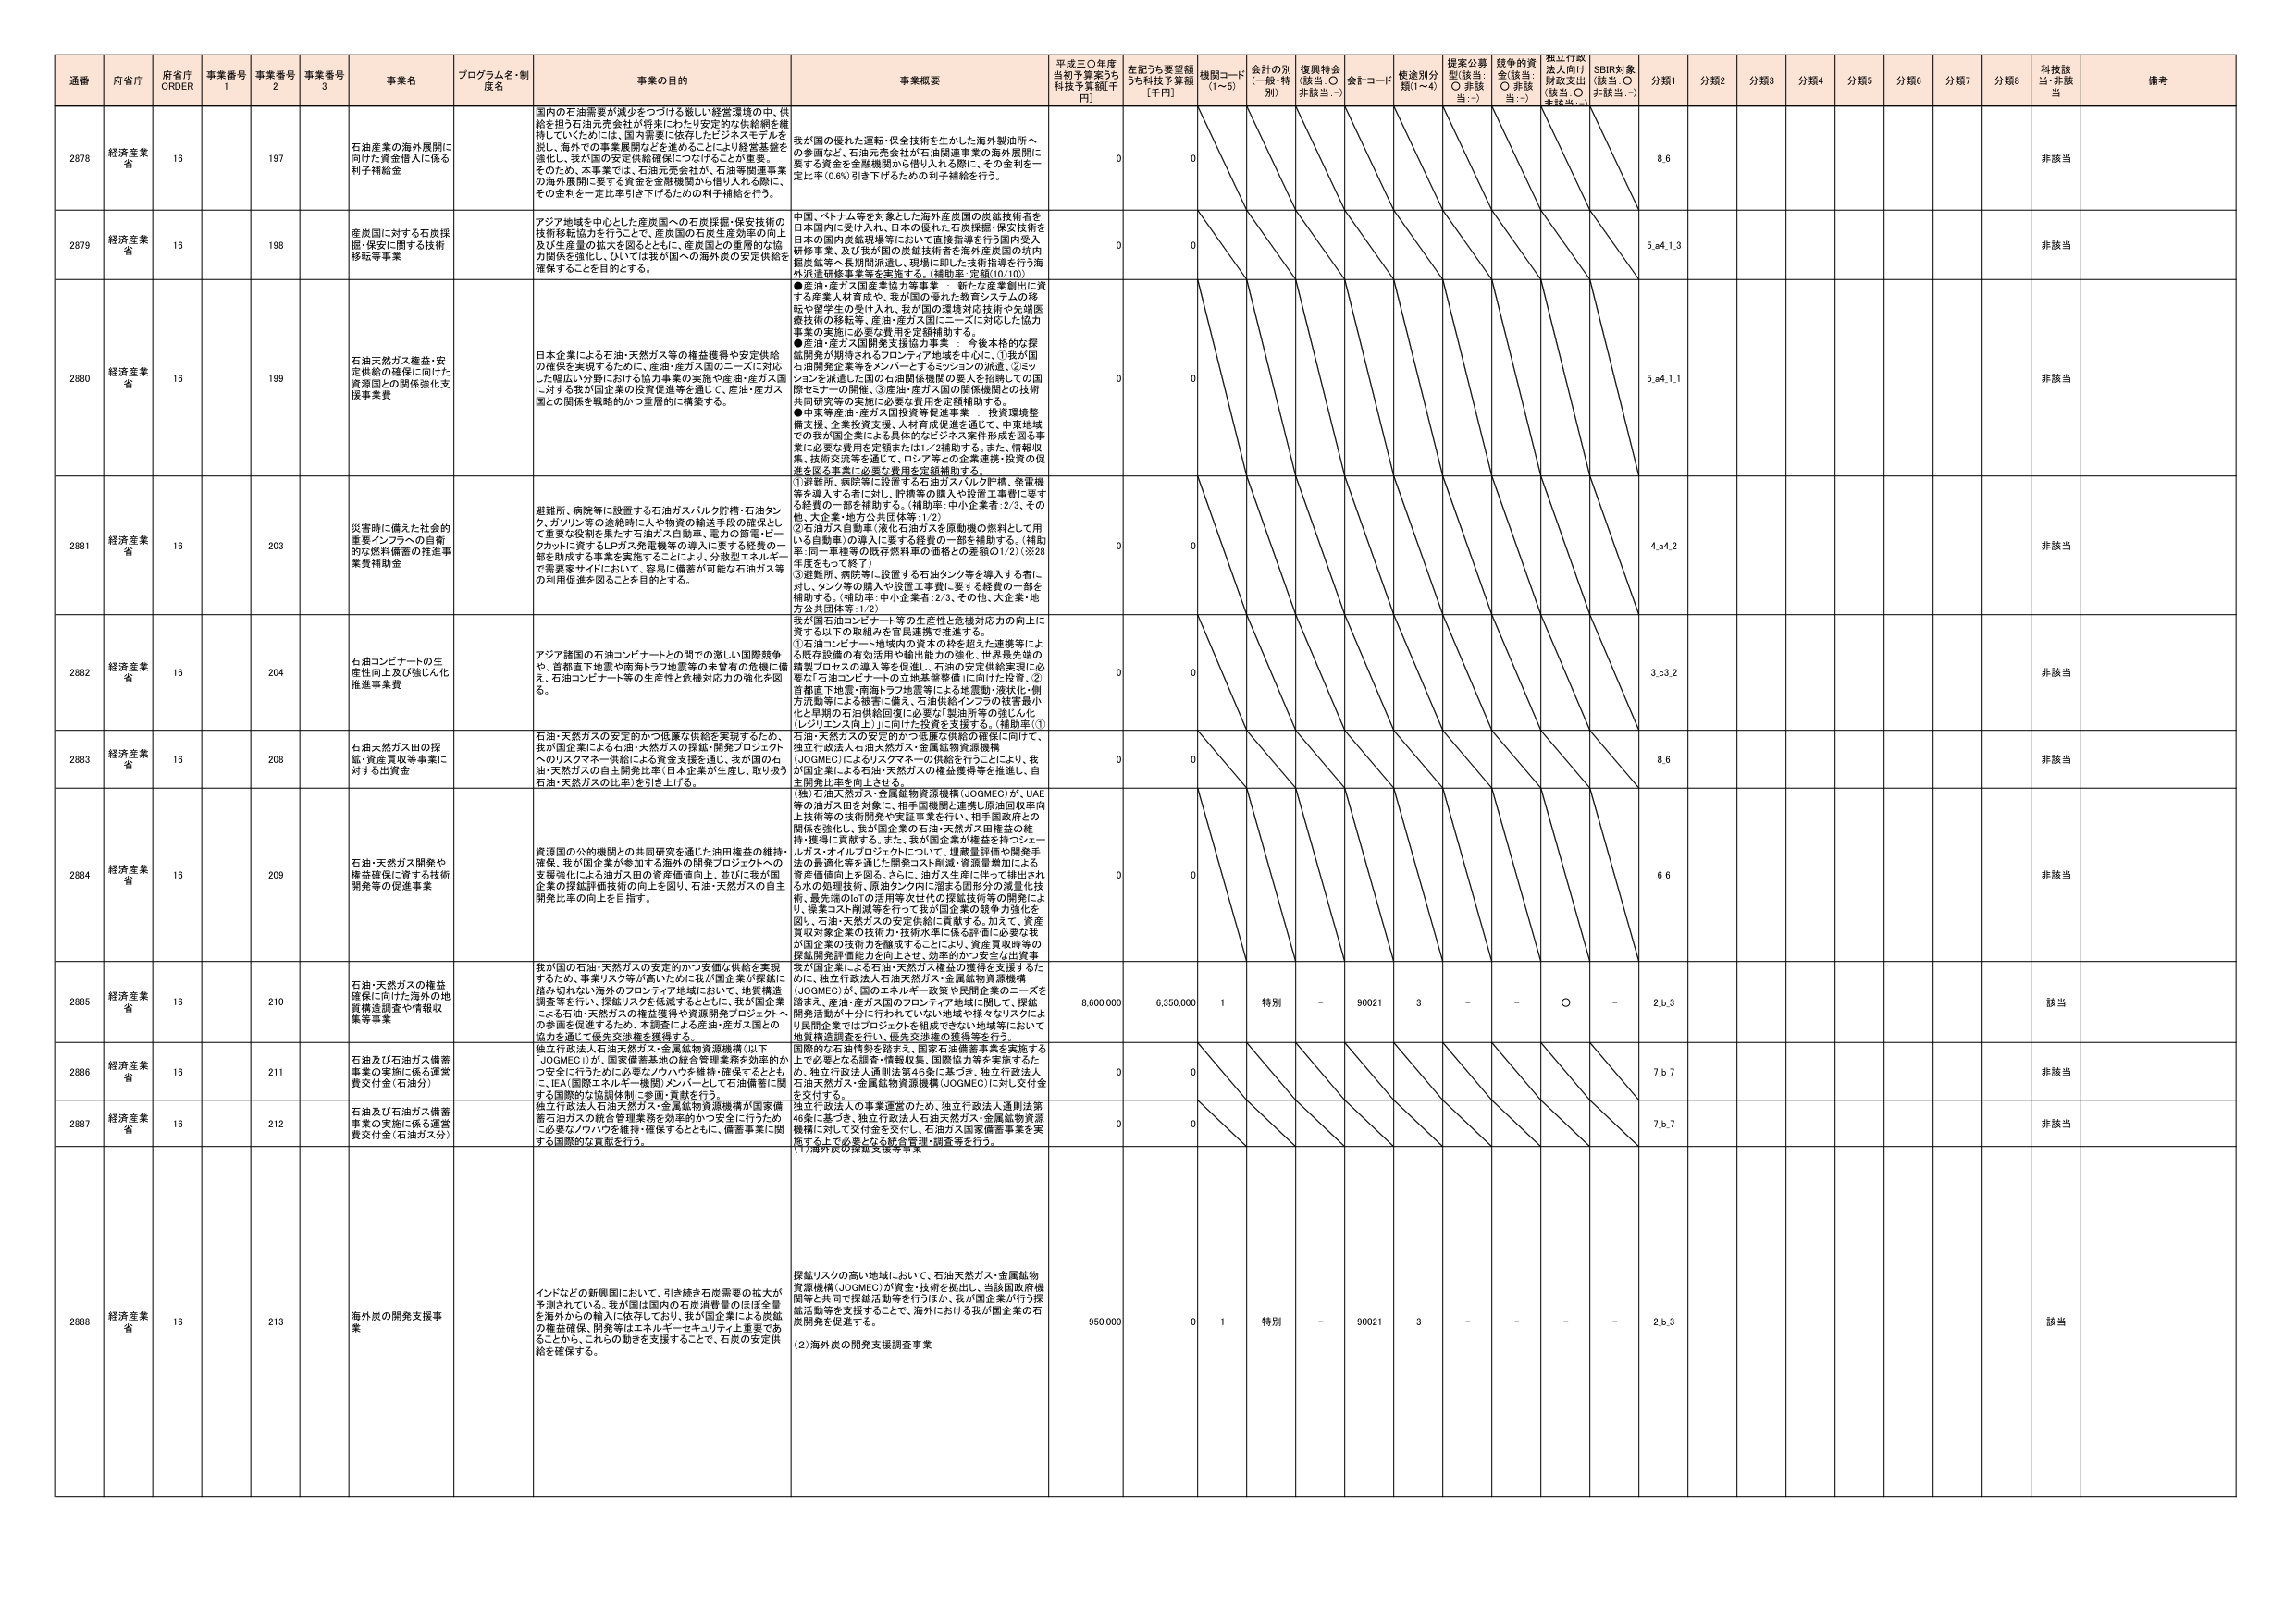
通番 府省庁 府省庁 ORDER 事業番号 1 事業番号 2 事業番号 3 事業名 プログラム名・制度名 事業の目的 事業概要 平成三〇年度当初予算案うち科技予算額[千円] 左記うち要望額うち科技予算額[千円] 機関コード(1~5) 会計の別(一般・特別) 復興特会(該当:○ 非該当:－) 会計コード 使途別分類(1~4) 提案公募型(該当:○ 非該当:－) 競争的資金(該当:○ 非該当:－) 独立行政法人向け財政支出(該当:○ 非該当:－) SDIR対象(該当:○ 非該当:－) 分類1 分類2 分類3 分類4 分類5 分類6 分類7 分類8 科技該当・非該当 備考

2878 経済産業省 16 197 石油産業の海外展開に向けた資金借入に係る利子補給金 国内の石油需要が減少をつつづける厳しい経営環境の中、供給を担う石油売会社が将来にわたり安定的な供給網を維持していくためには、国内需要に依存したビジネスモデルを脱し、海外での事業展開などを進めることが経営基盤を強化し、我が国の安定供給確保につなげることが重要。そのため、本事業では、石油元売会社が、石油等関連事業の海外展開に要する資金を金融機関から借り入れる際に、その金利を一定比率引き下げるための利子補給を行う。 我が国の優れた運転・保全技術を生かした海外製油所への参画など、石油元売会社が石油関連事業の海外展開に要する資金を金融機関から借り入れる際に、その金利を一定比率(0.6%)引き下げるための利子補給を行う。 0 0 8,6 非該当

2879 経済産業省 16 198 産原国に対する石炭採掘・保全に関する技術移転等事業 アジア地域を中心とした石炭国への石炭採掘・保安技術の技術移転協力を行うことで、産炭国の石炭生産効率の向上及び生産量の拡大を図るとともに、産炭国との重要な協力関係を強化し、ひいては我が国への海外炭の安定供給を確保することを目的とする。 中国、ベトナム等を対象とした海外産炭国の炭鉱技術者を日本国内に受け入れ、日本が優れた石炭採掘・保安技術を日本の国内炭鉱現場等において直接指導を行う国内受入研修事業、及び我が国の炭鉱技術者を海外産炭国の坑内開発鉱等へ長期間派遣し、現場に即した技術指導を行う海外派遣研修事業等を実施する。(補助率:定額(10/10)) 0 0 5,e4,1,3 非該当

2880 経済産業省 16 199 石油天然ガス確立・安定供給の確保に向けた資源国との関係強化支援事業費 日本企業による石油・天然ガス等の権益獲得や安定供給の確保を実現するために、産油・産ガス国の一国に対応した幅広い分野における協力事業の実施や産油・産ガス国に対する我が国企業の投資促進等を通じて、産油・産ガス国との関係を戦略的かつ重層的に構築する。 ●産油・産ガス国産業協力等事業：新たな産業創出に資する産業人材育成や、我が国の優れた教育システムの移転や留学生の受け入れ、我が国の環境対応技術や先端医療技術の移転等、産油・産ガス国にニーズに対応した協力事業の実施に必要な費用を定額補助する。 ●産油・産ガス国開発支援協力事業：今後本格的な採掘開発が期待されるプロジェクト地域を中心に、我が国石油開発企業等をメンバーとするコンソーシアムの派遣、コンソーシアムを派遣した国の石油開発機関の要人を招聘しての国際セミナーの開催、③産油・産ガス国の関係機関との技術共同研究等の実施に必要な費用を定額補助する。 ●中東等産油・産ガス国投資等促進事業：投資環境整備支援、企業投資支援、人材育成促進を通じて、中東地域での我が国企業による具体的なビジネス案件形成を図る事業に必要な費用を定額または1／2補助する。また、情報収集、技術交流等を通じて、ロシア等との企業連携・投資の促進を図る事業に必要な費用を定額補助する。 0 0 5,e4,1,1 非該当

2881 経済産業省 16 203 災害時に備えた社会的重要インフラへの自衛的な燃料備蓄の推進事業費補助金 避難所、病院等に設置する石油ガスバルク貯槽・石油タンク、ガソリン等の途絶時に人や物資の輸送手段の確保として重要な役割を果たす石油ガス自動車、電力の節電・ピークカットに資するLPGや発電機等の導入に要する経費の一部を助成する事業を実施することにより、分散型エネルギーで需要家サイドにおいて、容易に備蓄が可能な石油ガス等の利用促進を図ることを目的とする。 ①避難所、病院等に設置する石油ガスバルク貯槽、発電機等を導入する者に対し、貯槽等の購入や設置工事費に要する経費の一部を補助する。(補助率:中小企業者:2/3、その他、大企業・地方公共団体等:1/2) ②石油ガス自動車(液化石油ガスを原動機の燃料として用いる自動車)の導入に要する経費の一部を補助する。(補助率:同一車種等の既存燃料車の価格との差額の1/2)(※28年度をもって終了) ③避難所、病院等に設置する石油タンク等を導入する者に対し、タンク等の購入や設置工事費に要する経費の一部を補助する。(補助率:中小企業者:2/3、その他、大企業・地方公共団体等:1/2) 0 0 4,e4,2 非該当

2882 経済産業省 16 204 石油コンビナートの生産性向上及び強じん化推進事業費 アジア諸国の石油コンビナートとの間での激しい国際競争や、首都圏下地盤や南海トラフ地震等の未曾有の危機に備え、石油コンビナート等の生産性と危機対応力の強化を図る。 我が国石油コンビナート等の生産性と危機対応力の向上に資する以下の取組みを官民連携で推進する。 ①石油コンビナート地域内の資本の枠を超えた連携等による既存設備の有効活用や輸出能力の強化、世界最先端の精密プロセスの導入等を促進し、石油の安定供給実現に必要な石油コンビナートの立地基盤確保に向けた投資、②首都圏下地盤・南海トラフ地震等による地盤動・液状化・側方流動等による被害に備え、石油供給インフラの被害最小化と早期の石油供給回復に必要な「製油所等の強じん化(レジリエンス向上)」に向けた投資を支援する。(補助率:①(強じん化)、②(強じん化) 0 0 3,c3,2 非該当

2883 経済産業省 16 208 石油天然ガス田の探鉱・資産買収等事業に対する出資金 石油・天然ガスの安定的かつ低廉な供給を実現するため、我が国企業による石油・天然ガスの探鉱・開発プロジェクトへのリスクマネー供給による資金支援を通じ、我が国の石油・天然ガスの自主開発比率(日本企業が生産し、取り扱う石油・天然ガスの比率)を引き上げる。 石油・天然ガスの安定的かつ低廉な供給の確保に向け、独立行政法人石油天然ガス・金属鉱物資源機構(JOGMEC)によるリスクマネーの供給を行うことにより、我が国企業による石油・天然ガスの権益獲得等を推進し、自主開発比率を向上させる。 0 0 8,6 非該当

2884 経済産業省 16 209 石油・天然ガス開発や権益確保に資する技術開発等の促進事業 資源国の公的機関との共同研究を通じた油田権益の維持・確保、我が国企業が参加する海外の開発プロジェクトへの支援強化による油ガス田の資産価値向上、並びに我が国企業の採鉱評価技術の向上を図り、石油・天然ガスの自主開発比率の向上を目指す。 (独)石油天然ガス・金属鉱物資源機構(JOGMEC)が、UAE等の油ガス田を対象に、相手国機関と連携し原油回収率向上技術等の技術開発や実証事業を行い、相手国政府との関係を強化し、我が国企業の石油・天然ガス田権益の維持・獲得に貢献する。また、我が国企業が権益を持つシェールガス・オイルプロジェクトについて、埋蔵量評価や開発手法の最適化等を通じた開発コスト削減・資源量増加による資産価値向上を図る。さらに、油ガス生産に伴って排出される水の処理技術、原油タンク内に溜まる固形分の減量化技術、最先端のIOTの活用等次世代の採鉱技術等の開発により、操業コスト削減等を行って我が国企業の競争力強化を図り、石油・天然ガスの安定供給に貢献する。加えて、資産買収対象企業の技術力・技術水準に係る評価に必要な我が国企業の技術力を醸成することにより、資産買収時等の採鉱開発評価能力を向上させ、効率的かつ安全な出資事業を支援する。 0 0 6,6 非該当

2885 経済産業省 16 210 石油・天然ガスの権益確保に向けた海外の地質構造調査や情報収集等事業 我が国の石油・天然ガスの安定的かつ安価な供給を実現するため、事業リスク等が高いために我が国企業が探鉱に踏み切れない海外のプロジェクト地域において、地質構造調査等を行い、探鉱リスクを低減するとともに、我が国企業による石油・天然ガスの権益獲得や資源開発プロジェクトへの参画を促進するため、本調査による産油・産ガス国との協力を通じて優先交渉権を獲得する。 我が国企業による石油・天然ガス権益の獲得を支援するため、独立行政法人石油天然ガス・金属鉱物資源機構(JOGMEC)が、国のエネルギー政策や民間企業のニーズを踏まえ、産油・産ガス国のフロンティア地域に関して、探鉱・開発活動が十分に行われていない地域や様々なリスクにより民間企業ではプロジェクトを組成できない地域等において地質構造調査を行い、優先交渉権の獲得等を行う。 8,600,000 6,350,000 1 特別 - 90021 3 - - ○ - 2,b,3 該当

2886 経済産業省 16 211 石油及び石油ガス備蓄事業の実施に係る運営費交付金(石油分) 独立行政法人石油天然ガス・金属鉱物資源機構(以下「JOGMEC」)が、国産油蓄を他の統合管理業務を効率的かつ安全に行うために必要なノウハウを維持・確保するとともに、IEA(国際エネルギー機関)メンバーとして石油備蓄に関する国際的な協調体制に参画・貢献を行う。 国際的な石油情勢を踏まえ、国家石油備蓄事業を実施する上で必要な人員配置・情報収集、国際協力を実施するため、独立行政法人通則法第46条に基づき、独立行政法人石油天然ガス・金属鉱物資源機構(JOGMEC)に対して交付金を交付する。 0 0 7,b,7 非該当

2887 経済産業省 16 212 石油及び石油ガス備蓄事業の実施に係る運営費交付金(石油ガス分) 独立行政法人石油天然ガス・金属鉱物資源機構が国家備蓄石油ガスの統合管理業務を効率的かつ安全に行うために必要なノウハウを維持・確保するとともに、備蓄事業に関する国際的な貢献を行う。 独立行政法人の事業運営のため、独立行政法人通則法第46条に基づき、独立行政法人石油天然ガス・金属鉱物資源機構に対して交付金を交付し、石油ガス国家備蓄事業を実施する上で必要な統合管理・調査等を行う。 0 0 7,b,7 非該当

2888 経済産業省 16 213 海外炭の開発支援事業 インドなどの新興国において、引き続き石炭需要の拡大が予測されている。我が国は国内の石炭消費量のほぼ全量を海外からの輸入に依存しており、我が国企業による炭鉱の権益確保、開発等はエネルギー・セキュリティ上重要である。このため、これらの動きを支援することで、石炭の安定供給を確保する。 探鉱リスクの高い地域において、石油天然ガス・金属鉱物資源機構(JOGMEC)が資金・技術を拠出し、当該国政府機関等と共同で探鉱活動等を行うほか、我が国企業が行う探鉱活動等を支援することで、海外における我が国企業の石炭開発を促進する。 (2)海外炭の開発支援調査事業 950,000 0 1 特別 - 90021 3 - - - - 2,b,3 該当